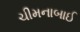
ચીમનાબાઈ